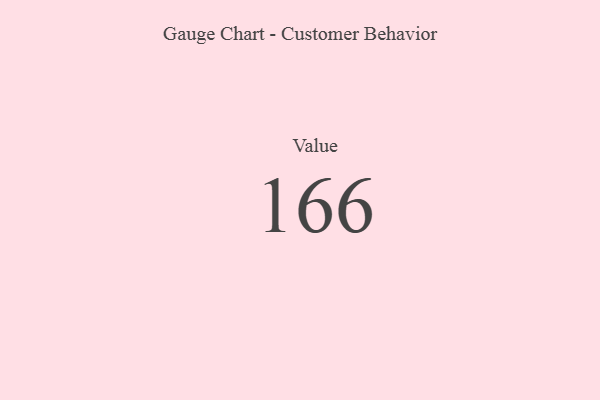
{"axis": {"x": "Metric", "y": "Value"}, "legend": [""], "data": [{"x": "Value", "y": 166, "type": ""}]}